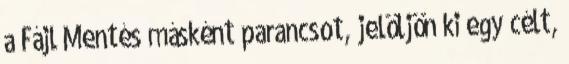
a Fájl Mentés másként parancsot, jelöljön ki egy célt,